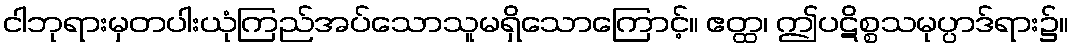
ငါဘုရားမှတပါးယုံကြည်အပ်သောသူမရှိသောကြောင့်။ ဧတ္ထ၊ ဤပဋိစ္စသမုပ္ပာဒ်ရား၌။